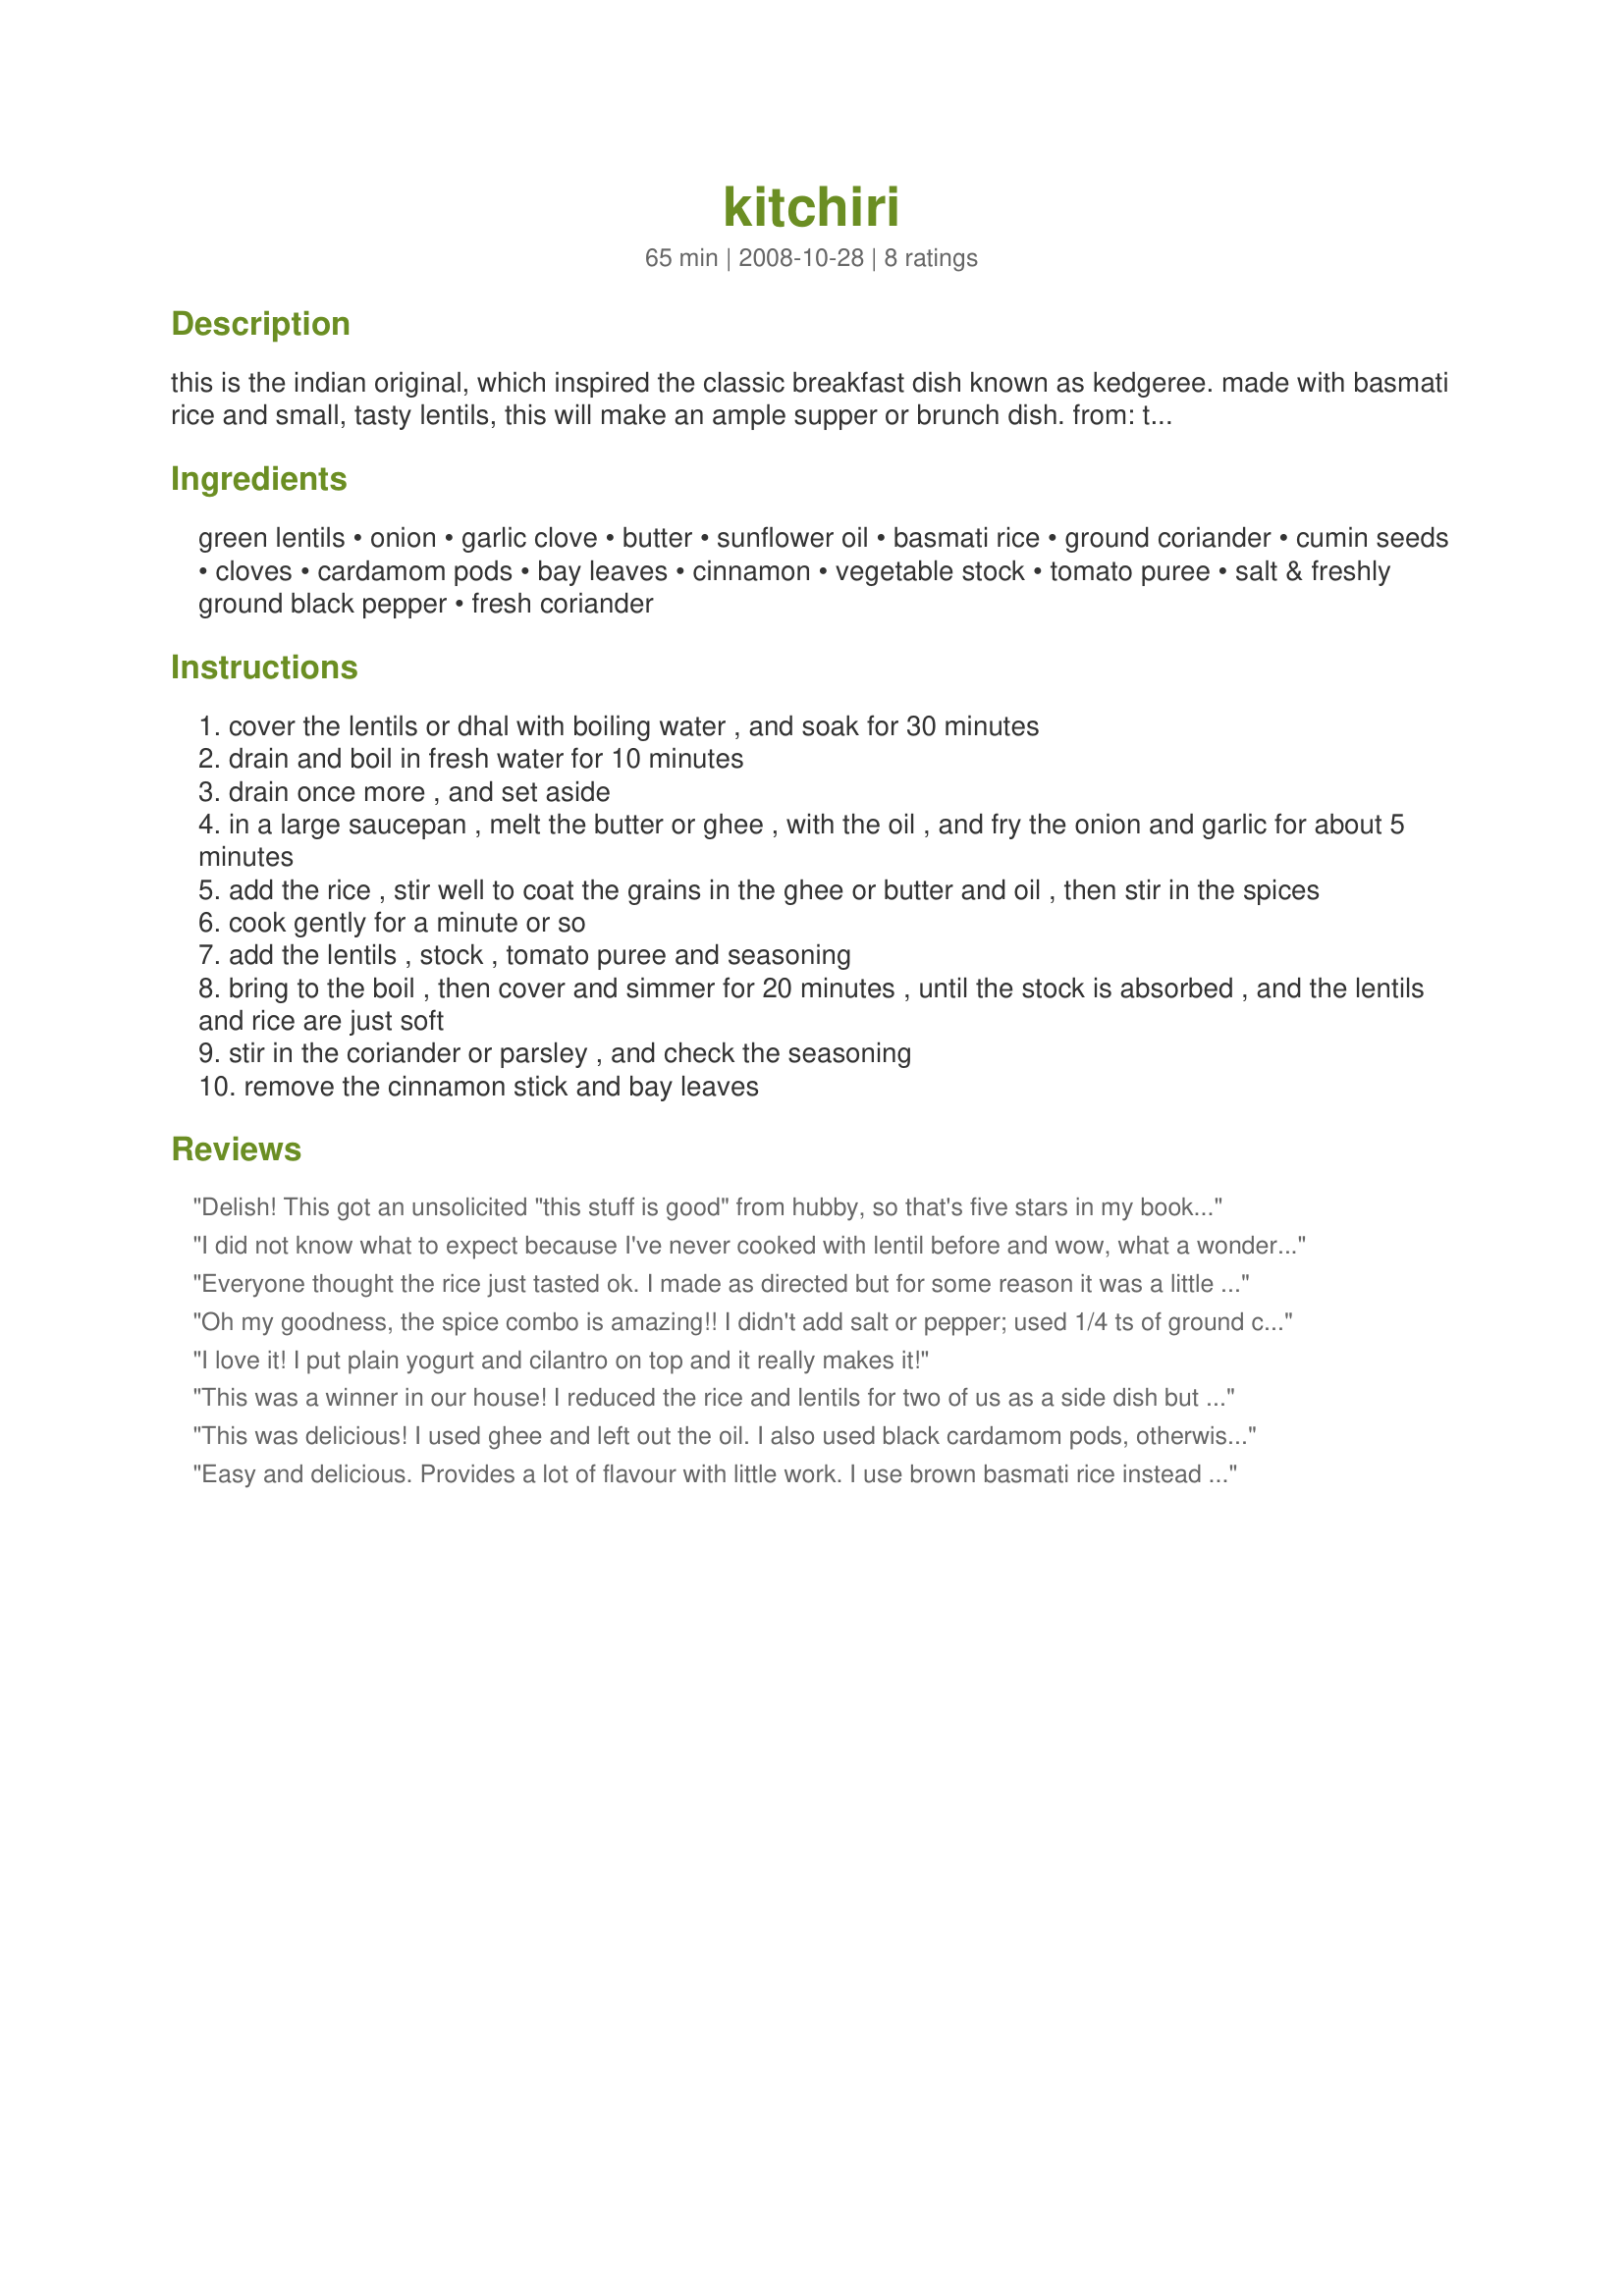
kitchiri
Preparation time: 65 minutes

this is the indian original, which inspired the classic breakfast dish known as kedgeree. made with basmati rice and small, tasty lentils, this will make an ample supper or brunch dish.

from: the inspired vegetarian

Ingredients:
green lentils, onion, garlic clove, butter, sunflower oil, basmati rice, ground coriander, cumin seeds, cloves, cardamom pods, bay leaves, cinnamon, vegetable stock, tomato puree, salt & freshly ground black pepper, fresh coriander

Steps:
cover the lentils or dhal with boiling water , and soak for 30 minutes
drain and boil in fresh water for 10 minutes
drain once more , and set aside
in a large saucepan , melt the butter or ghee , with the oil , and fry the onion and garlic for about 5 minutes
add the rice , stir well to coat the grains in the ghee or butter and oil , then stir in the spices
cook gently for a minute or so
add the lentils , stock , tomato puree and seasoning
bring to the boil , then cover and simmer for 20 minutes , until the stock is absorbed , and the lentils and rice are just soft
stir in the coriander or parsley , and check the seasoning
remove the cinnamon stick and bay leaves

Reviews:
Delish! This got an unsolicited "this stuff is good" from hubby, so that's five stars in my book. I made a couple of changes, such as leaving out the butter and using brown long grain rice. It took longer to cook for me, but that is probably due to the brown rice. The seasonings were right on and it makes a ton. I look forward to having some for lunch tomorrow. Thanks for posting. Made for the Nov. 08 veggie swap.
I did not know what to expect because I've never cooked with lentil before and wow, what a wonderful mellow taste sensation! I subbed orange lentil for green but other wise made as shown. The taste was perfect without the added salt or pepper. I really enjoyed this dish. Thank you Karen Elizabeth for posting!
Everyone thought the rice just tasted ok. I made as directed but for some reason it was a little bland. Sorry I couldn't rate it higher. Made for Ramadan Tag
Oh my goodness, the spice combo is amazing!! I didn't add salt or pepper; used 1/4 ts of ground cardamom instead of pods, and only 1 tbls butter and 1 tbls oil. I stirred in a whole bunch of cilantro, chopped, as I love the stuff. An excellent dish - thank you so much for sharing!
I love it! I put plain yogurt and cilantro on top and it really makes it!
This was a winner in our house! I reduced the rice and lentils for two of us as a side dish but forgot to reduce the spices. It was awesome! I had some leftovers I was going to save but did a midnight raid on the fridge. I regret not making the full recipe now.<br/>Thanks so much for posting. Made for the Bistro Babes - ZWT 8
This was delicious! I used ghee and left out the oil. I also used black cardamom pods, otherwise made as stated. This is so flavourful and satisfying, and the seasoning is excellent. Makes four good sized main dish servings. Yum! Thanks Karen Elizabeth!
Easy and delicious. Provides a lot of flavour with little work. I use brown basmati rice instead of white, for extra fiber and nutrients. Since brown rice takes longer to cook than white, I skip the lentil pre-soak and pre-cook steps and simmer the whole shebang for 40 minutes.
